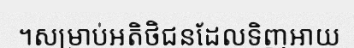
។សម្រាប់អតិថិជនដែលទិញអាយ